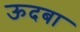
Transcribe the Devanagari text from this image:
ऊदबा